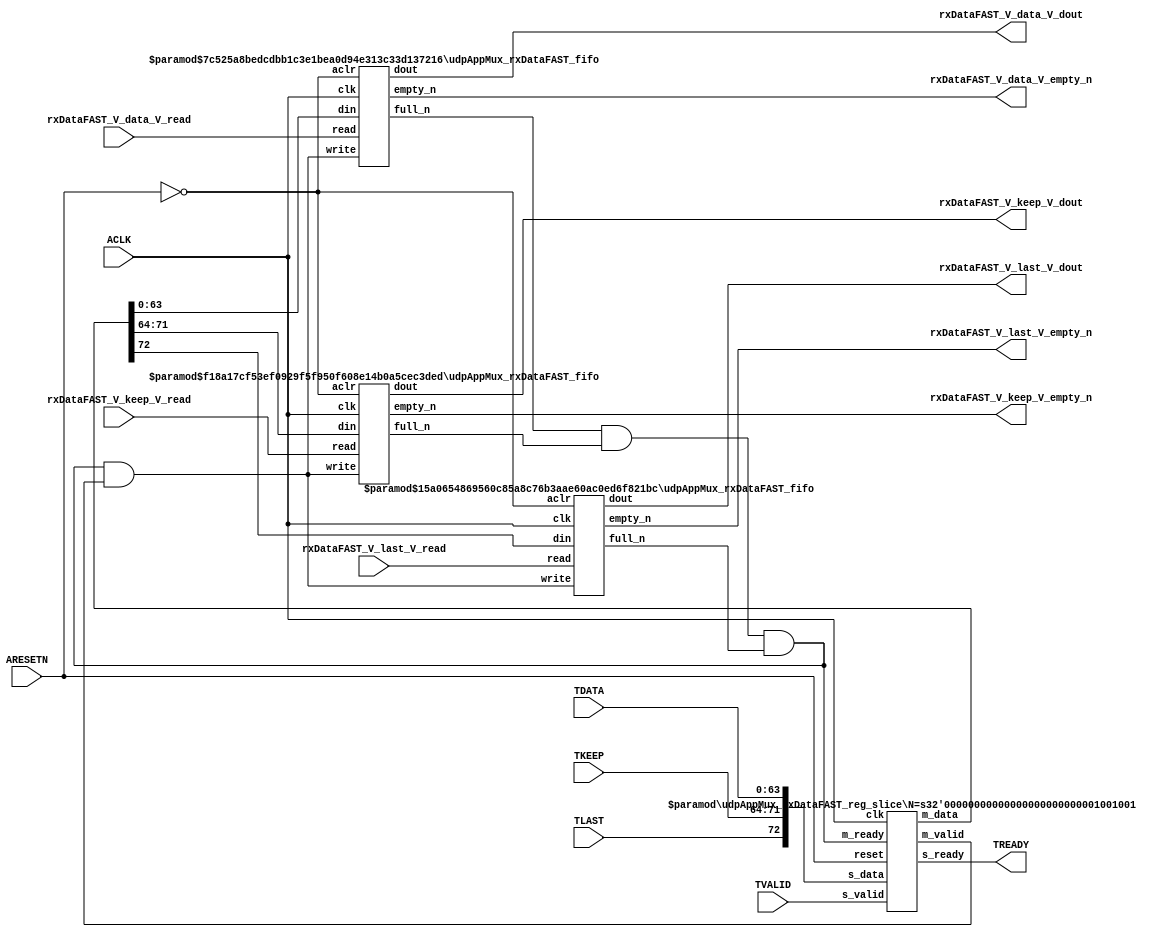
// ==============================================================
// File generated by Vivado(TM) HLS - High-Level Synthesis from C, C++ and SystemC
// Version: 2016.3
// Copyright (C) 1986-2016 Xilinx, Inc. All Rights Reserved.
// 
// ==============================================================


`timescale 1ns/1ps

module udpAppMux_rxDataFAST_if (
    // AXI4-Stream singals
    input  wire        ACLK,
    input  wire        ARESETN,
    input  wire        TVALID,
    output wire        TREADY,
    input  wire [63:0] TDATA,
    input  wire [7:0]  TKEEP,
    input  wire [0:0]  TLAST,
    // User signals
    output wire [63:0] rxDataFAST_V_data_V_dout,
    output wire        rxDataFAST_V_data_V_empty_n,
    input  wire        rxDataFAST_V_data_V_read,
    output wire [7:0]  rxDataFAST_V_keep_V_dout,
    output wire        rxDataFAST_V_keep_V_empty_n,
    input  wire        rxDataFAST_V_keep_V_read,
    output wire [0:0]  rxDataFAST_V_last_V_dout,
    output wire        rxDataFAST_V_last_V_empty_n,
    input  wire        rxDataFAST_V_last_V_read
);
//------------------------Local signal-------------------
// FIFO
wire [0:0]  fifo_write;
wire [0:0]  fifo_full_n;
wire [63:0] rxDataFAST_V_data_V_din;
wire [0:0]  rxDataFAST_V_data_V_full_n;
wire [7:0]  rxDataFAST_V_keep_V_din;
wire [0:0]  rxDataFAST_V_keep_V_full_n;
wire [0:0]  rxDataFAST_V_last_V_din;
wire [0:0]  rxDataFAST_V_last_V_full_n;
// register slice
wire [0:0]  s_valid;
wire [0:0]  s_ready;
wire [72:0] s_data;
wire [0:0]  m_valid;
wire [0:0]  m_ready;
wire [72:0] m_data;

//------------------------Instantiation------------------
// rs
udpAppMux_rxDataFAST_reg_slice #(
    .N       ( 73 )
) rs (
    .clk     ( ACLK ),
    .reset   ( ARESETN ),
    .s_data  ( s_data ),
    .s_valid ( s_valid ),
    .s_ready ( s_ready ),
    .m_data  ( m_data ),
    .m_valid ( m_valid ),
    .m_ready ( m_ready )
);

// rxDataFAST_V_data_V_fifo
udpAppMux_rxDataFAST_fifo #(
    .DATA_BITS  ( 64 ),
    .DEPTH_BITS ( 4 )
) rxDataFAST_V_data_V_fifo (
    .clk        ( ACLK ),
    .aclr       ( ~ARESETN ),
    .empty_n    ( rxDataFAST_V_data_V_empty_n ),
    .full_n     ( rxDataFAST_V_data_V_full_n ),
    .read       ( rxDataFAST_V_data_V_read ),
    .write      ( fifo_write ),
    .dout       ( rxDataFAST_V_data_V_dout ),
    .din        ( rxDataFAST_V_data_V_din )
);

// rxDataFAST_V_keep_V_fifo
udpAppMux_rxDataFAST_fifo #(
    .DATA_BITS  ( 8 ),
    .DEPTH_BITS ( 4 )
) rxDataFAST_V_keep_V_fifo (
    .clk        ( ACLK ),
    .aclr       ( ~ARESETN ),
    .empty_n    ( rxDataFAST_V_keep_V_empty_n ),
    .full_n     ( rxDataFAST_V_keep_V_full_n ),
    .read       ( rxDataFAST_V_keep_V_read ),
    .write      ( fifo_write ),
    .dout       ( rxDataFAST_V_keep_V_dout ),
    .din        ( rxDataFAST_V_keep_V_din )
);

// rxDataFAST_V_last_V_fifo
udpAppMux_rxDataFAST_fifo #(
    .DATA_BITS  ( 1 ),
    .DEPTH_BITS ( 4 )
) rxDataFAST_V_last_V_fifo (
    .clk        ( ACLK ),
    .aclr       ( ~ARESETN ),
    .empty_n    ( rxDataFAST_V_last_V_empty_n ),
    .full_n     ( rxDataFAST_V_last_V_full_n ),
    .read       ( rxDataFAST_V_last_V_read ),
    .write      ( fifo_write ),
    .dout       ( rxDataFAST_V_last_V_dout ),
    .din        ( rxDataFAST_V_last_V_din )
);

//------------------------Body---------------------------
//++++++++++++++++++++++++AXI4-Stream++++++++++++++++++++
assign TREADY = s_ready;

//+++++++++++++++++++++++++++++++++++++++++++++++++++++++

//++++++++++++++++++++++++Reigister Slice++++++++++++++++
assign s_valid = TVALID;
assign m_ready = fifo_full_n;
assign s_data  = {TLAST[0:0], TKEEP[7:0], TDATA[63:0]};

//+++++++++++++++++++++++++++++++++++++++++++++++++++++++

//++++++++++++++++++++++++FIFO+++++++++++++++++++++++++++
assign fifo_write              = fifo_full_n & m_valid;
assign rxDataFAST_V_data_V_din = m_data[63:0];
assign rxDataFAST_V_keep_V_din = m_data[71:64];
assign rxDataFAST_V_last_V_din = m_data[72:72];
assign fifo_full_n             = rxDataFAST_V_data_V_full_n & rxDataFAST_V_keep_V_full_n & rxDataFAST_V_last_V_full_n;

//+++++++++++++++++++++++++++++++++++++++++++++++++++++++

endmodule



`timescale 1ns/1ps

module udpAppMux_rxDataFAST_fifo
#(parameter
    DATA_BITS  = 8,
    DEPTH_BITS = 4
)(
    input  wire                 clk,
    input  wire                 aclr,
    output wire                 empty_n,
    output wire                 full_n,
    input  wire                 read,
    input  wire                 write,
    output wire [DATA_BITS-1:0] dout,
    input  wire [DATA_BITS-1:0] din
);
//------------------------Parameter----------------------
localparam
    DEPTH = 1 << DEPTH_BITS;
//------------------------Local signal-------------------
reg                   empty;
reg                   full;
reg  [DEPTH_BITS-1:0] index;
reg  [DATA_BITS-1:0]  mem[0:DEPTH-1];
//------------------------Body---------------------------
assign empty_n = ~empty;
assign full_n  = ~full;
assign dout    = mem[index];

// empty
always @(posedge clk or posedge aclr) begin
    if (aclr)
        empty <= 1'b1;
    else if (empty & write & ~read)
        empty <= 1'b0;
    else if (~empty & ~write & read & (index==1'b0))
        empty <= 1'b1;
end

// full
always @(posedge clk or posedge aclr) begin
    if (aclr)
        full <= 1'b0;
    else if (full & read & ~write)
        full <= 1'b0;
    else if (~full & ~read & write & (index==DEPTH-2'd2))
        full <= 1'b1;
end

// index
always @(posedge clk or posedge aclr) begin
    if (aclr)
        index <= {DEPTH_BITS{1'b1}};
    else if (~empty & ~write & read)
        index <= index - 1'b1;
    else if (~full & ~read & write)
        index <= index + 1'b1;
end

// mem
always @(posedge clk) begin
    if (~full & write) mem[0] <= din;
end

genvar i;
generate
    for (i = 1; i < DEPTH; i = i + 1) begin : gen_sr
        always @(posedge clk) begin
            if (~full & write) mem[i] <= mem[i-1];
        end
    end
endgenerate

endmodule

`timescale 1ns/1ps

module udpAppMux_rxDataFAST_reg_slice
#(parameter
    N = 8   // data width
) (
    // system signals
    input  wire         clk,
    input  wire         reset,
    // slave side
    input  wire [N-1:0] s_data,
    input  wire         s_valid,
    output wire         s_ready,
    // master side
    output wire [N-1:0] m_data,
    output wire         m_valid,
    input  wire         m_ready
);
//------------------------Parameter----------------------
// state
localparam [1:0]
    ZERO = 2'b10,
    ONE  = 2'b11,
    TWO  = 2'b01;
//------------------------Local signal-------------------
reg  [N-1:0] data_p1;
reg  [N-1:0] data_p2;
wire         load_p1;
wire         load_p2;
wire         load_p1_from_p2;
reg          s_ready_t;
reg  [1:0]   state;
reg  [1:0]   next;
//------------------------Body---------------------------
assign s_ready = s_ready_t;
assign m_data  = data_p1;
assign m_valid = state[0];

assign load_p1 = (state == ZERO && s_valid) ||
                 (state == ONE && s_valid && m_ready) ||
                 (state == TWO && m_ready);
assign load_p2 = s_valid & s_ready;
assign load_p1_from_p2 = (state == TWO);

// data_p1
always @(posedge clk) begin
    if (load_p1) begin
        if (load_p1_from_p2)
            data_p1 <= data_p2;
        else
            data_p1 <= s_data;
    end
end

// data_p2
always @(posedge clk) begin
    if (load_p2) data_p2 <= s_data;
end

// s_ready_t
always @(posedge clk) begin
    if (~reset)
        s_ready_t <= 1'b0;
    else if (state == ZERO)
        s_ready_t <= 1'b1;
    else if (state == ONE && next == TWO)
        s_ready_t <= 1'b0;
    else if (state == TWO && next == ONE)
        s_ready_t <= 1'b1;
end

// state
always @(posedge clk) begin
    if (~reset)
        state <= ZERO;
    else
        state <= next;
end

// next
always @(*) begin
    case (state)
        ZERO:
            if (s_valid & s_ready)
                next = ONE;
            else
                next = ZERO;
        ONE:
            if (~s_valid & m_ready)
                next = ZERO;
            else if (s_valid & ~m_ready)
                next = TWO;
            else
                next = ONE;
        TWO:
            if (m_ready)
                next = ONE;
            else
                next = TWO;
        default:
            next = ZERO;
    endcase
end

endmodule